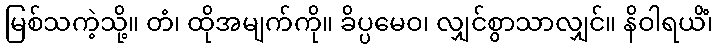
မြစ်သကဲ့သို့။ တံ၊ ထိုအမျက်ကို။ ခိပ္ပမေဝ၊ လျှင်စွာသာလျှင်။ နိဝါရယိံ၊